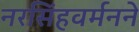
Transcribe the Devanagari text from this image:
नरसिंहवर्मनने